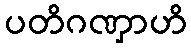
ပတိဂဏှာဟိ